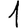
Digit: 1